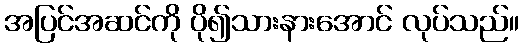
အပြင်အဆင်ကို ပို၍သားနားအောင် လုပ်သည်။